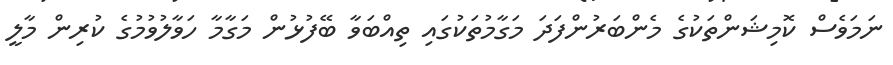
ނަމަވެސް ކޮމިޝަންތަކުގެ މެންބަރުންފަދަ މަގާމުތަކުގައި ތިއްބަވާ ބޭފުޅުން މަގާމާ ހަވާލުވުމުގެ ކުރިން މާލީ